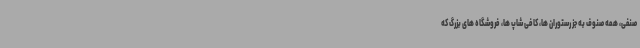
صنفی، همه صنوف به جز رستوران ها، کافی شاپ ها، فروشگاه های بزرگ که